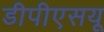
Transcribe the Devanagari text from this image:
डीपीएसयू